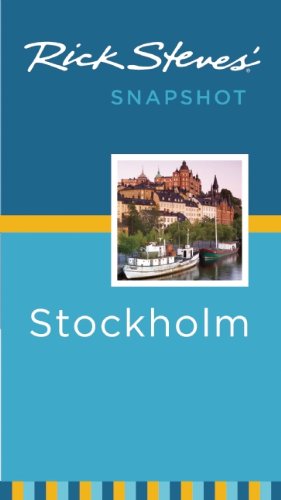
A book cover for Rick Steves' Snapshot Stockholm; Rick Steves; Travel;